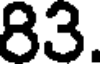
83.